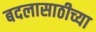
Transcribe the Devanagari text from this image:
बदलासाठीच्या